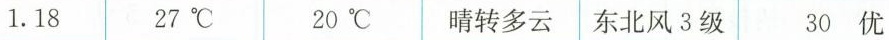
1.18 27℃ 20℃ 晴转多云 东北风3级 30优